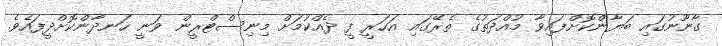
ގާނޫނުގައި ބަޔާންކޮށްފައިވާ މުއްދަތުގެ ތެރޭގައި އަހަރީ ފީ ދެއްކުމަށް މިނިސްޓްރީން ވަނީ ހަނދާންކޮށްދީފައެވެ.